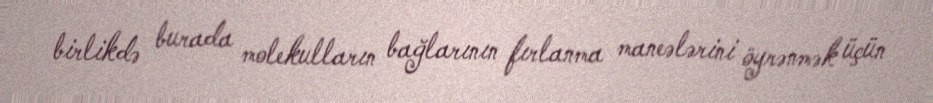
birlikdə burada molekulların bağlarının fırlanma maneələrini öyrənmək üçün